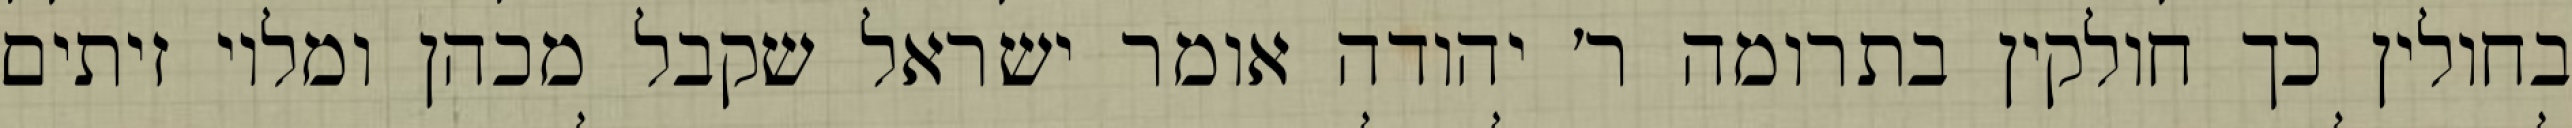
בחולין כך חולקין בתרומה ר׳ יהודה אומר ישראל שקבל מכהן ומלוי זיתים